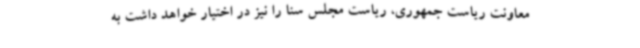
معاونت ریاست جمهوری، ریاست مجلس سنا را نیز در اختیار خواهد داشت به